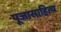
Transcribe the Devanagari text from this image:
पूजासाहित्य